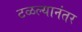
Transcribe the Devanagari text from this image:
टळल्यानंतर